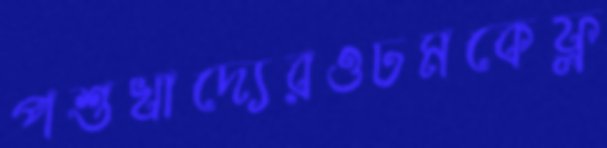
পশুখাদ্যেরওঢমকেফ্ল